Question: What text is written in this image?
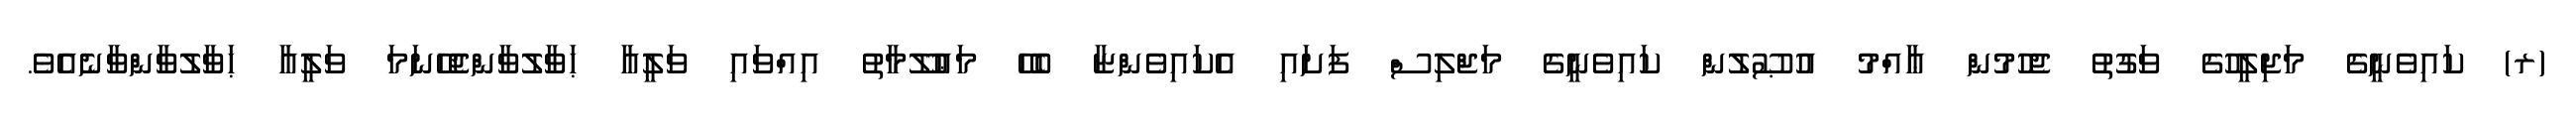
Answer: (ރ) ކައިވެނީގެ މަޖިލީހުގެ ވަގުތު ޖެހުމުން ޢާއްމު އުޞޫލުން ކައިވެނީގެ މަޖްލިސް ފަށައި އެކައިވެންޏާ ބެހޭ މަޢުލޫމާތު އިއްވައި ވަލީއާ ޙަވާލުވާންޖެހޭނަމަ ވަލީއާ ޙަވާލުވާންވާނެއެވެ.